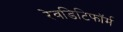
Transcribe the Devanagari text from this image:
रेवडिटिफॉर्म